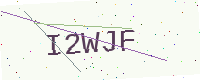
Text: I2WJF